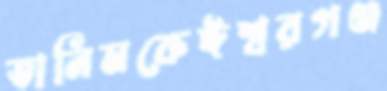
তানিমকেঈশ্বরগঞ্জ